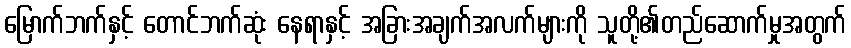
မြောက်ဘက်နှင့် တောင်ဘက်ဆုံး နေရာနှင့် အခြားအချက်အလက်များကို သူတို့၏တည်ဆောက်မှုအတွက်